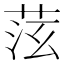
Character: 𦯫